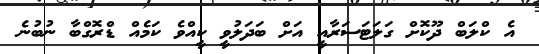
އެ ކްލަބް ދޫކޮށް ގަލަޓަސަރާއީ އަށް ބަދަލުވީ ކީއްވެ ކަމެއް ޑްރޮގްބާ ނުބުނެ